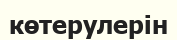
көтерулерін